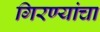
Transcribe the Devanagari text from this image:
गिरण्यांचा